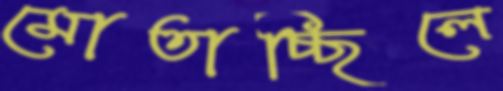
মোতাচ্ছিলে